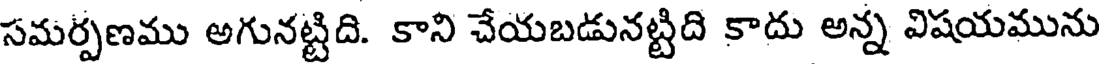
సమర్పణము అగునట్టిది. కాని చేయబడునట్టిది కాదు అన్న విషయమును